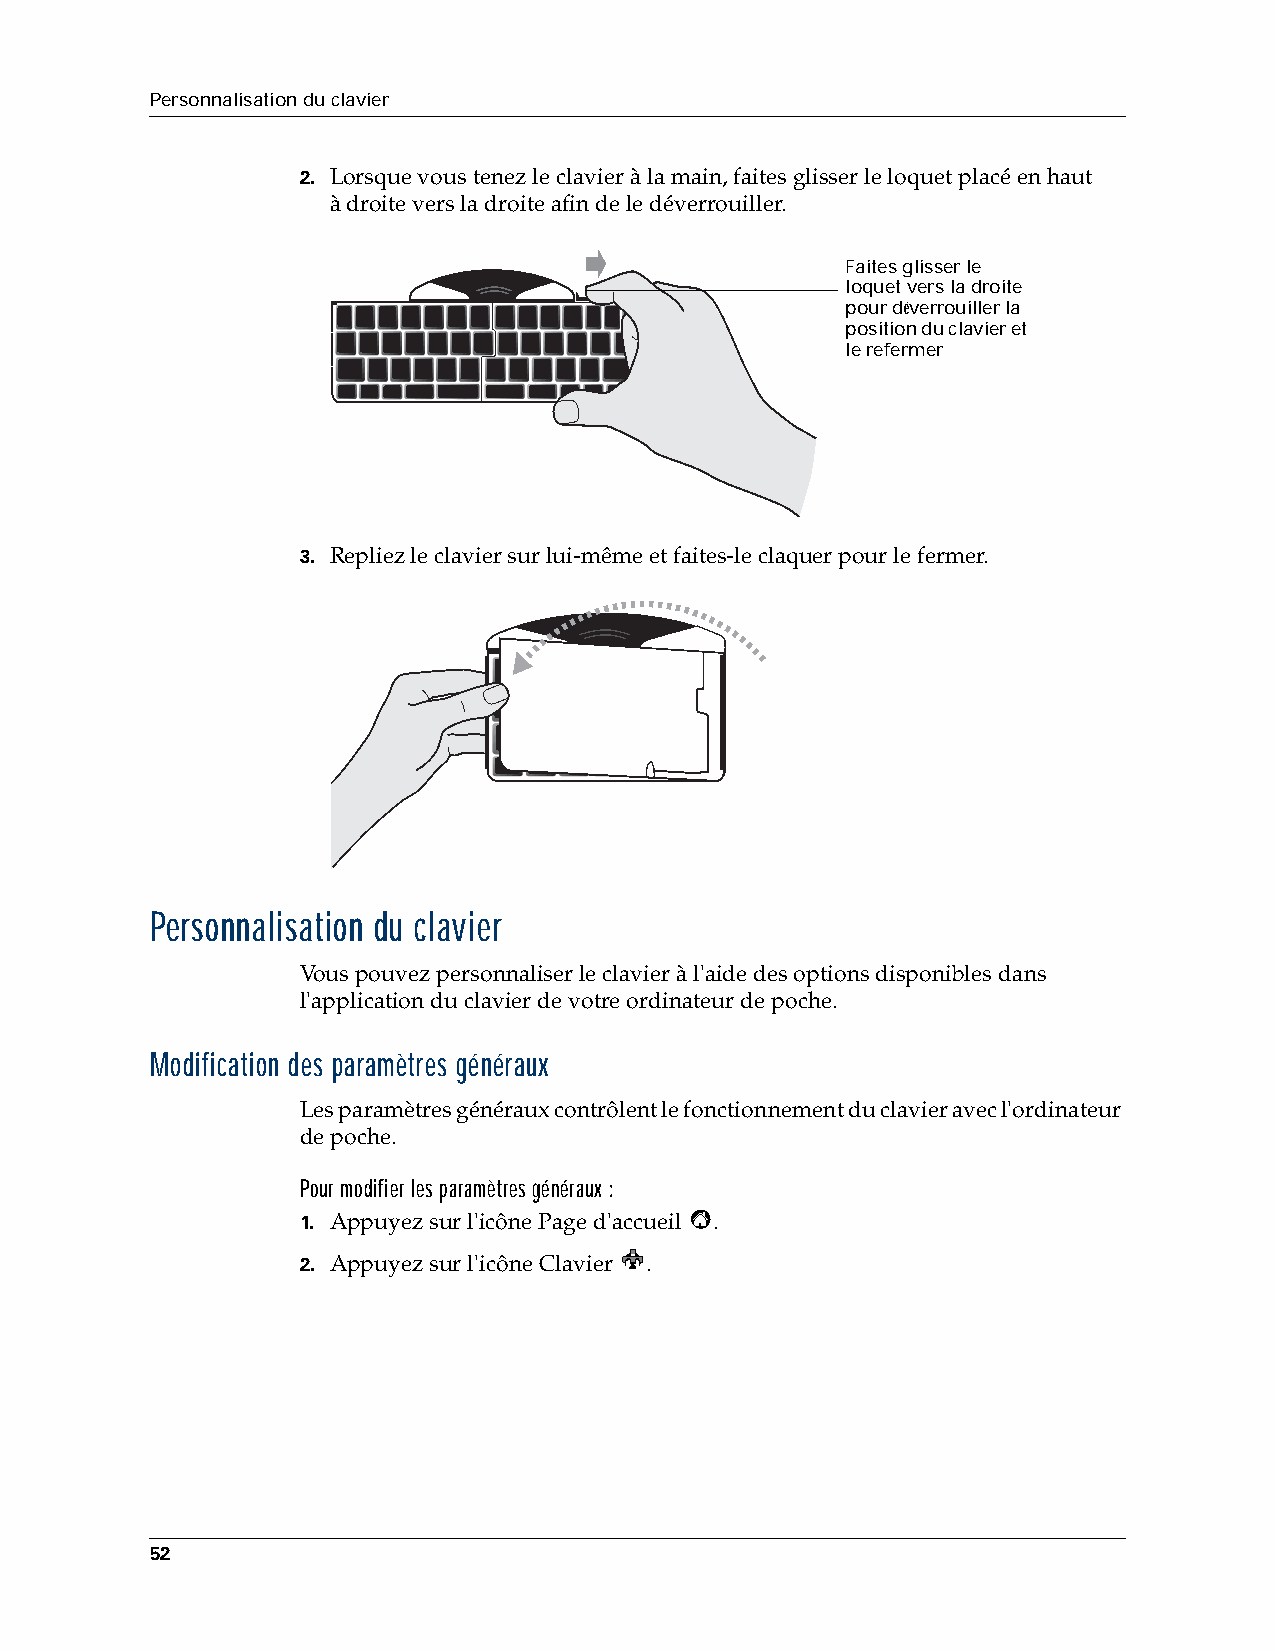
Personnalisation du clavier
 2. Lorsque vous tenez le clavier à la main, faites glisser le loquet placé en haut
 àdroite vers la droite afin de le déverrouiller.
 Faites glisser le
 loquet vers la droite
 pour déverrouiller la
 position du clavier et
 le refermer
 3. Repliez le clavier sur lui-même et faites-le claquer pour le fermer.
 Personnalisation du clavier
 Vous pouvez personnaliser le clavier à l'aide des options disponibles dans
 l'application du clavier de votre ordinateur de poche.
 Modification des paramètres généraux
 Les paramètres généraux contrôlent le fonctionnement du clavier avec l'ordinateur
 de poche.
 Pour modifier les paramètres généraux :
 1. Appuyez sur l'icône Page d'accueil .
 2. Appuyez sur l'icône Clavier .
 52